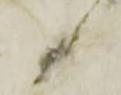
候